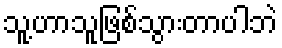
သူ့ဟာသူဖြစ်သွားတာပါဘဲ